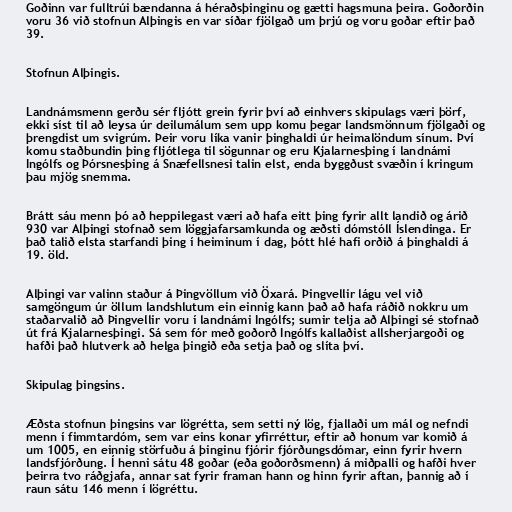
Goðinn var fulltrúi bændanna á héraðsþinginu og gætti hagsmuna þeira. Goðorðin
voru 36 við stofnun Alþingis en var síðar fjölgað um þrjú og voru goðar eftir það
39.

Stofnun Alþingis.

Landnámsmenn gerðu sér fljótt grein fyrir því að einhvers skipulags væri þörf,
ekki síst til að leysa úr deilumálum sem upp komu þegar landsmönnum fjölgaði og
þrengdist um svigrúm. Þeir voru líka vanir þinghaldi úr heimalöndum sínum. Því
komu staðbundin þing fljótlega til sögunnar og eru Kjalarnesþing í landnámi
Ingólfs og Þórsnesþing á Snæfellsnesi talin elst, enda byggðust svæðin í kringum
þau mjög snemma.

Brátt sáu menn þó að heppilegast væri að hafa eitt þing fyrir allt landið og árið
930 var Alþingi stofnað sem löggjafarsamkunda og æðsti dómstóll Íslendinga. Er
það talið elsta starfandi þing í heiminum í dag, þótt hlé hafi orðið á þinghaldi á
19. öld.

Alþingi var valinn staður á Þingvöllum við Öxará. Þingvellir lágu vel við
samgöngum úr öllum landshlutum ein einnig kann það að hafa ráðið nokkru um
staðarvalið að Þingvellir voru í landnámi Ingólfs; sumir telja að Alþingi sé stofnað
út frá Kjalarnesþingi. Sá sem fór með goðorð Ingólfs kallaðist allsherjargoði og
hafði það hlutverk að helga þingið eða setja það og slíta því.

Skipulag þingsins.

Æðsta stofnun þingsins var lögrétta, sem setti ný lög, fjallaði um mál og nefndi
menn í fimmtardóm, sem var eins konar yfirréttur, eftir að honum var komið á
um 1005, en einnig störfuðu á þinginu fjórir fjórðungsdómar, einn fyrir hvern
landsfjórðung. Í henni sátu 48 goðar (eða goðorðsmenn) á miðpalli og hafði hver
þeirra tvo ráðgjafa, annar sat fyrir framan hann og hinn fyrir aftan, þannig að í
raun sátu 146 menn í lögréttu.